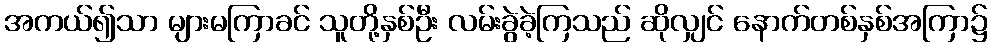
အကယ်၍သာ များမကြာခင် သူတို့နှစ်ဦး လမ်းခွဲခဲ့ကြသည် ဆိုလျှင် နောက်တစ်နှစ်အကြာ၌